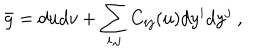
LaTeX: \bar { g } = d u d v + \sum _ { i , j } C _ { i j } ( u ) d y ^ { i } d y ^ { j } ~ ,